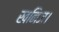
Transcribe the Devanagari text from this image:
खनिज।